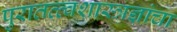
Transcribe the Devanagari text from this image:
पुरातत्त्वशास्त्रज्ञांचा